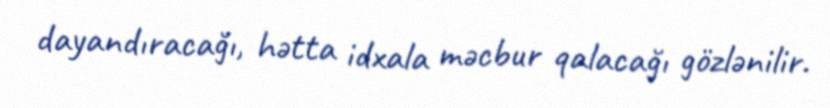
dayandıracağı, hətta idxala məcbur qalacağı gözlənilir.